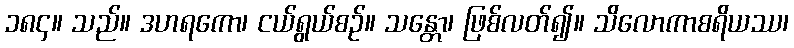
၁၈၄။ သည်။ ဒဟရကော၊ ငယ်ရွယ်စဉ်။ သန္တော၊ ဖြစ်လတ်၍။ သိလောကာစရိယဿ၊